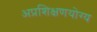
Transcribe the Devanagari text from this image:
अप्रशिक्षणयोग्य